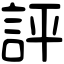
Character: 評